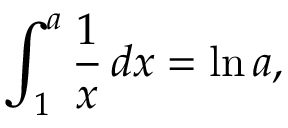
\int _ { 1 } ^ { a } { \frac { 1 } { x } } \, d x = \ln a ,